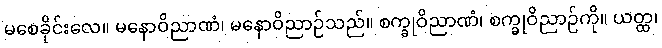
မစေခိုင်းလေ။ မနောဝိညာဏံ၊ မနောဝိညာဉ်သည်။ စက္ခုဝိညာဏံ၊ စက္ခုဝိညာဉ်ကို။ ယတ္ထ၊